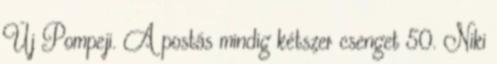
Új Pompeji. A postás mindig kétszer csenget 50. Niki